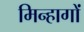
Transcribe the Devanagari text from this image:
मिन्हागों